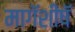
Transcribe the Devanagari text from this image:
मागॅशीषॅ